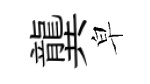
龔皁